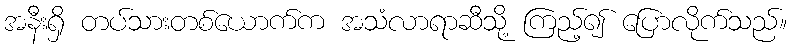
အနီးရှိ တပ်သားတစ်ယောက်က အသံလာရာဆီသို့ ကြည့်၍ ပြောလိုက်သည်။